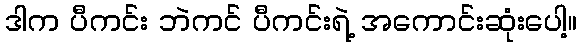
ဒါက ပီကင်း ဘဲကင် ပီကင်းရဲ့ အကောင်းဆုံးပေါ့။